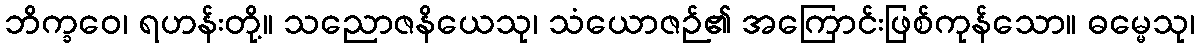
ဘိက္ခဝေ၊ ရဟန်းတို့။ သညောဇနိယေသု၊ သံယောဇဉ်၏ အကြောင်းဖြစ်ကုန်သော။ ဓမ္မေသု၊